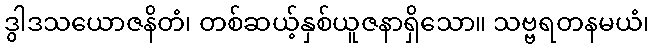
ဒွါဒသယောဇနိတံ၊ တစ်ဆယ့်နှစ်ယူဇနာရှိသော။ သဗ္ဗရတနမယံ၊